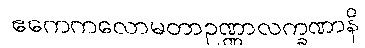
ဧကေကလောမတာဥဏ္ဏာလက္ခဏာနိ